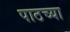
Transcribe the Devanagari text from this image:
पाठच्या